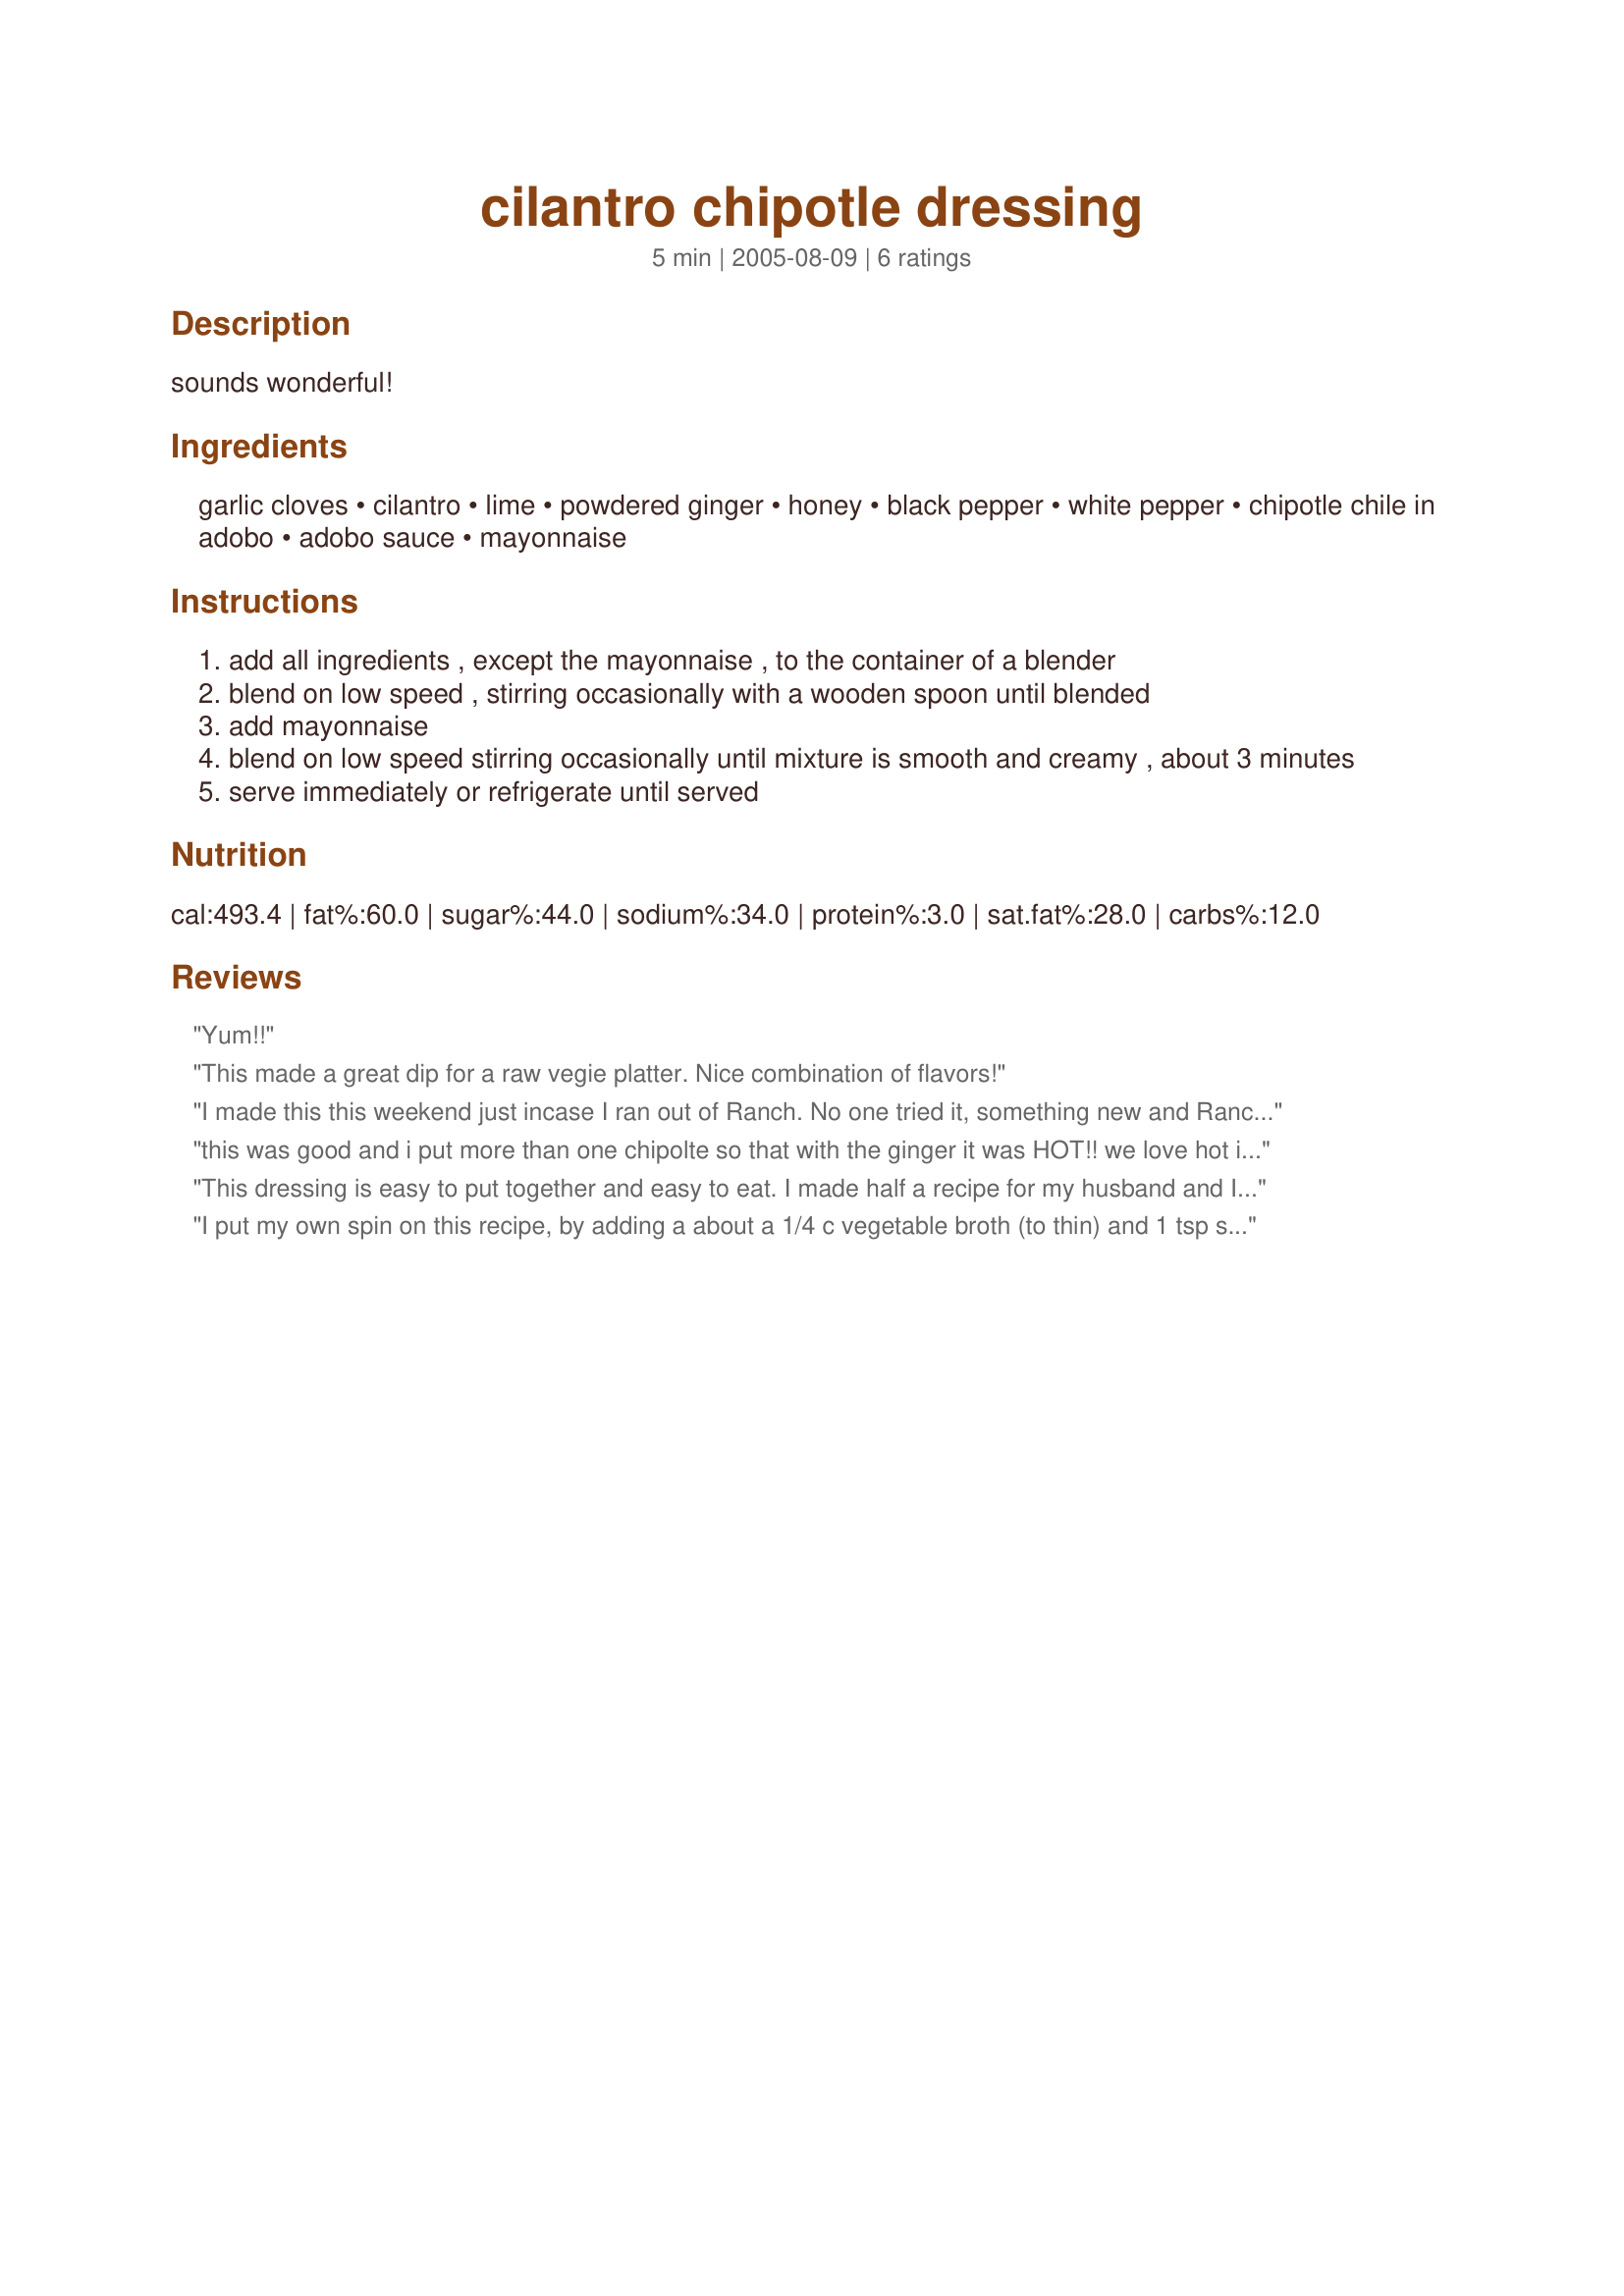
cilantro chipotle dressing
Preparation time: 5 minutes

sounds wonderful!

Ingredients:
garlic cloves, cilantro, lime, powdered ginger, honey, black pepper, white pepper, chipotle chile in adobo, adobo sauce, mayonnaise

Steps:
add all ingredients , except the mayonnaise , to the container of a blender
blend on low speed , stirring occasionally with a wooden spoon until blended
add mayonnaise
blend on low speed stirring occasionally until mixture is smooth and creamy , about 3 minutes
serve immediately or refrigerate until served

Reviews:
Yum!!
This made a great dip for a raw vegie platter. Nice combination of flavors!
I made this this weekend just incase I ran out of Ranch. No one tried it, something new and Ranch was available. Well, I tried it tonight and said yum! I am fixing quesadilla's for dinner and this dressing is the bomb on them! Of course I add lettuce to mine and then instead of hot sauce this yummy dressing. It is spicey but oh so good. Thank you for sharing this yummy sauce! It's more then just a salad dressing. I will fix this again, my challenge now is to let everyone else try it:) Maybe the Ranch will disappear and I will force the issue:) A very nice green sauce for salads and more! Shirl
this was good and i put more than one chipolte so that with the ginger it was HOT!! we love hot it was very good i didnt have enough mayo so i subbed a few Tbs of sour cream. i still think it was a bit too mayonaissy for me. very yummy though, dipped veggies and chips in it. mm thanks
This dressing is easy to put together and easy to eat. I made half a recipe for my husband and I, which was actually enough for 4 people. We enjoyed this on a salad of crisp romaine, black beans, bell peppers, fresh corn off the cob, and lots more cilantro. My refrigerator didn't have any limes, but only a lemon, which I think was just fine.
I put my own spin on this recipe, by adding a about a 1/4 c vegetable broth (to thin) and 1 tsp soy sauce to taste. I mixed about a Tbsp of the dressing with prepared chopped chicken breast and added that to a plate greens. I topped it off with some chic peas and a few freshly fried flour tortilla strips. Quick and YUMMY and fairly light.
